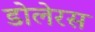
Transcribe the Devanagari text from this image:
डोलेरस